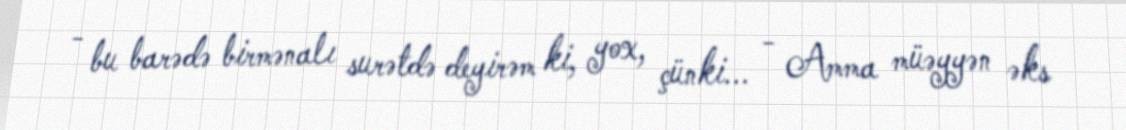
- bu barədə birmənalı surətdə deyirəm ki, yox, çünki... - Amma müəyyən əks